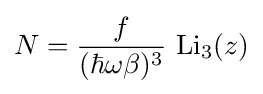
N={\frac {f}{(\hbar \omega \beta )^{3}}}~\mathrm {Li} _{3}(z)